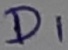
Text: D1